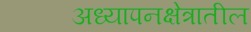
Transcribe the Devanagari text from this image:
अध्यापनक्षेत्रातील